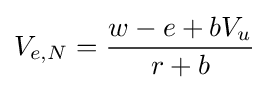
V_{e,N}={\frac {w-e+bV_{u}}{r+b}}\;